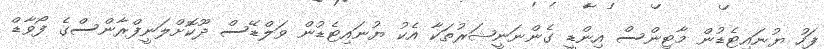
ފަހު ޔުނައިޓެޑުން މާޓިންސް އިންޑީ ގެންނަނީޝަރުތަކާ އެކު ޔުނައިޓެޑުން ވަލްޑޭސް ދޫކޮށްލަނީފްރާންސްގެ ފޯވާޑް